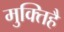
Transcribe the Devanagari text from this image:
मुक्तिहै